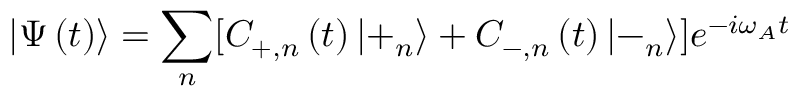
\left| \Psi \left( t \right) \right\rangle = \sum _ { n } [ C _ { + , n } \left( t \right) \left| + _ { n } \right\rangle + C _ { - , n } \left( t \right) \left| - _ { n } \right\rangle ] e ^ { - i \omega _ { A } t }